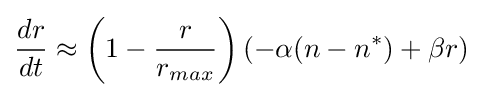
{\frac {dr}{dt}}\approx \left(1-{\frac {r}{r_{max}}}\right)(-\alpha (n-n^{*})+\beta r)